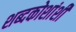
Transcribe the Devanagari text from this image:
शब्दकोशांशी